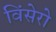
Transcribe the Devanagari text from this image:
विंसेरो